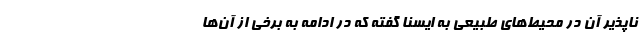
ناپذیر آن در محیط‌های طبیعی به ایسنا گفته که در ادامه به برخی از آن‌ها